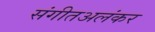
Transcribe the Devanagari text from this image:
संगीतअलंकर